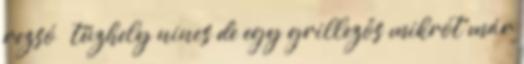
rezsó – tűzhely nincs de egy grillezős mikrót már